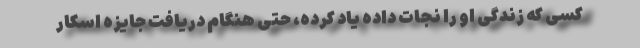
کسی که زندگی او را نجات داده یاد کرده، حتی هنگام دریافت جایزه اسکار